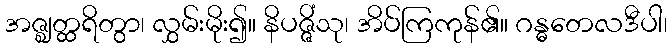
အဇ္ဈတ္ထရိတွာ၊ လွှမ်းမိုး၍။ နိပဇ္ဇိံသု၊ အိပ်ကြကုန်၏။ ဂန္ဓတေလဒီပါ၊